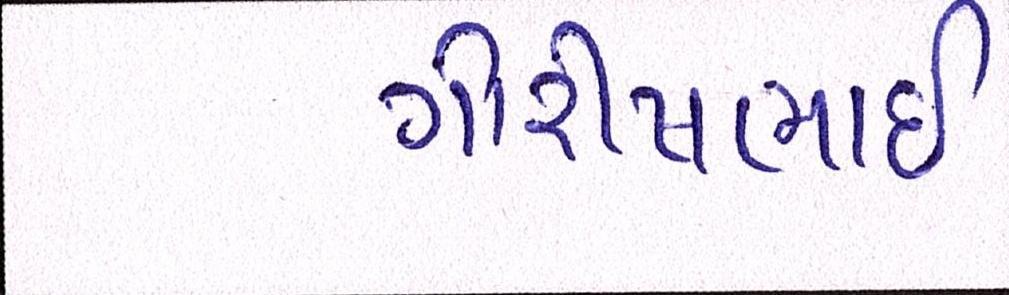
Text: ગીરીષભાઈ